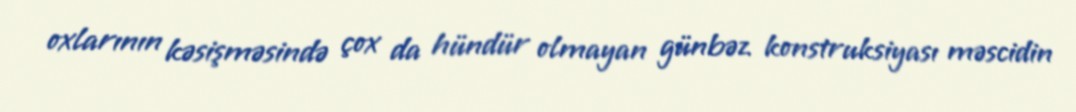
oxlarının kəsişməsində çox da hündür olmayan günbəz konstruksiyası məscidin